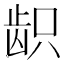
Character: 𱌫